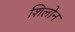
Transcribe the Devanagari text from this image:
शिलोन